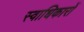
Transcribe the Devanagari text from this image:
स्वाधिकारों